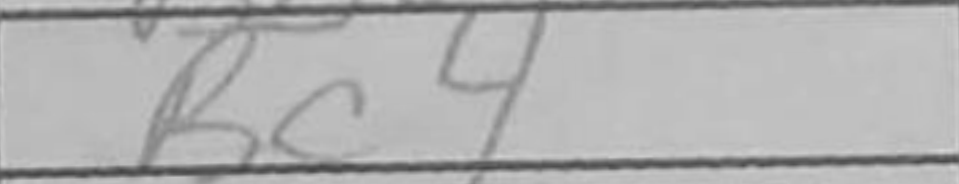
Transcription: Bc4